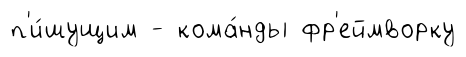
п'и́шущим - кома́нды фр'еймворку